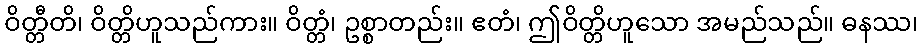
ဝိတ္တီတိ၊ ဝိတ္တိဟူသည်ကား။ ဝိတ္တံ၊ ဥစ္စာတည်း။ ဧတံ၊ ဤဝိတ္တိဟူသော အမည်သည်။ ဓနဿ၊